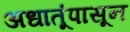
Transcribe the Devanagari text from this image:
अधातूंपासून